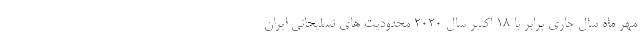
مهر ماه سال جاری برابر با ۱۸ اکتبر سال ۲۰۲۰ محدودیت های تسلیحاتی ایران